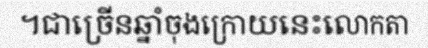
។ជាច្រើនឆ្នាំចុងក្រោយនេះលោកតា